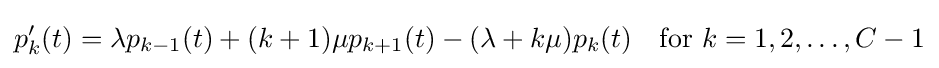
p_{k}^{\prime }(t)=\lambda p_{k-1}(t)+(k+1)\mu p_{k+1}(t)-(\lambda +k\mu )p_{k}(t)\quad {\text{for }}k=1,2,\ldots ,C-1